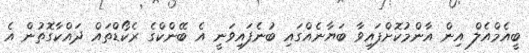
ބީއެމްއެލް އިން އާންމުކޮށްފައިވާ ބަޔާނެއްގައި ބުނެފައިވަނީ އެ ބޭންކްގެ ރެކޯޑްތައް ދައްކާގޮތުން އެ